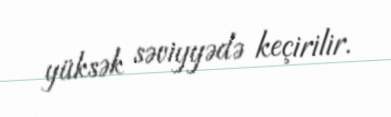
yüksək səviyyədə keçirilir.